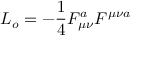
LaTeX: { \cal L } _ { o } = - \frac { 1 } { 4 } F _ { \mu \nu } ^ { a } F ^ { \mu \nu a } \,